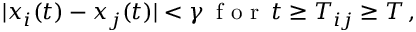
| x _ { i } ( t ) - x _ { j } ( t ) | < \gamma \, \mathrm { ~ f ~ o ~ r ~ } \, t \geq T _ { i j } \geq T \, ,